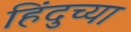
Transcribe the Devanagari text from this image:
हिंदुच्या